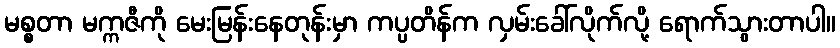
မစ္စတာ မက္ကဇီကို မေးမြန်းနေတုန်းမှာ ကပ္ပတိန်က လှမ်းခေါ်လိုက်လို့ ရောက်သွားတာပါ။